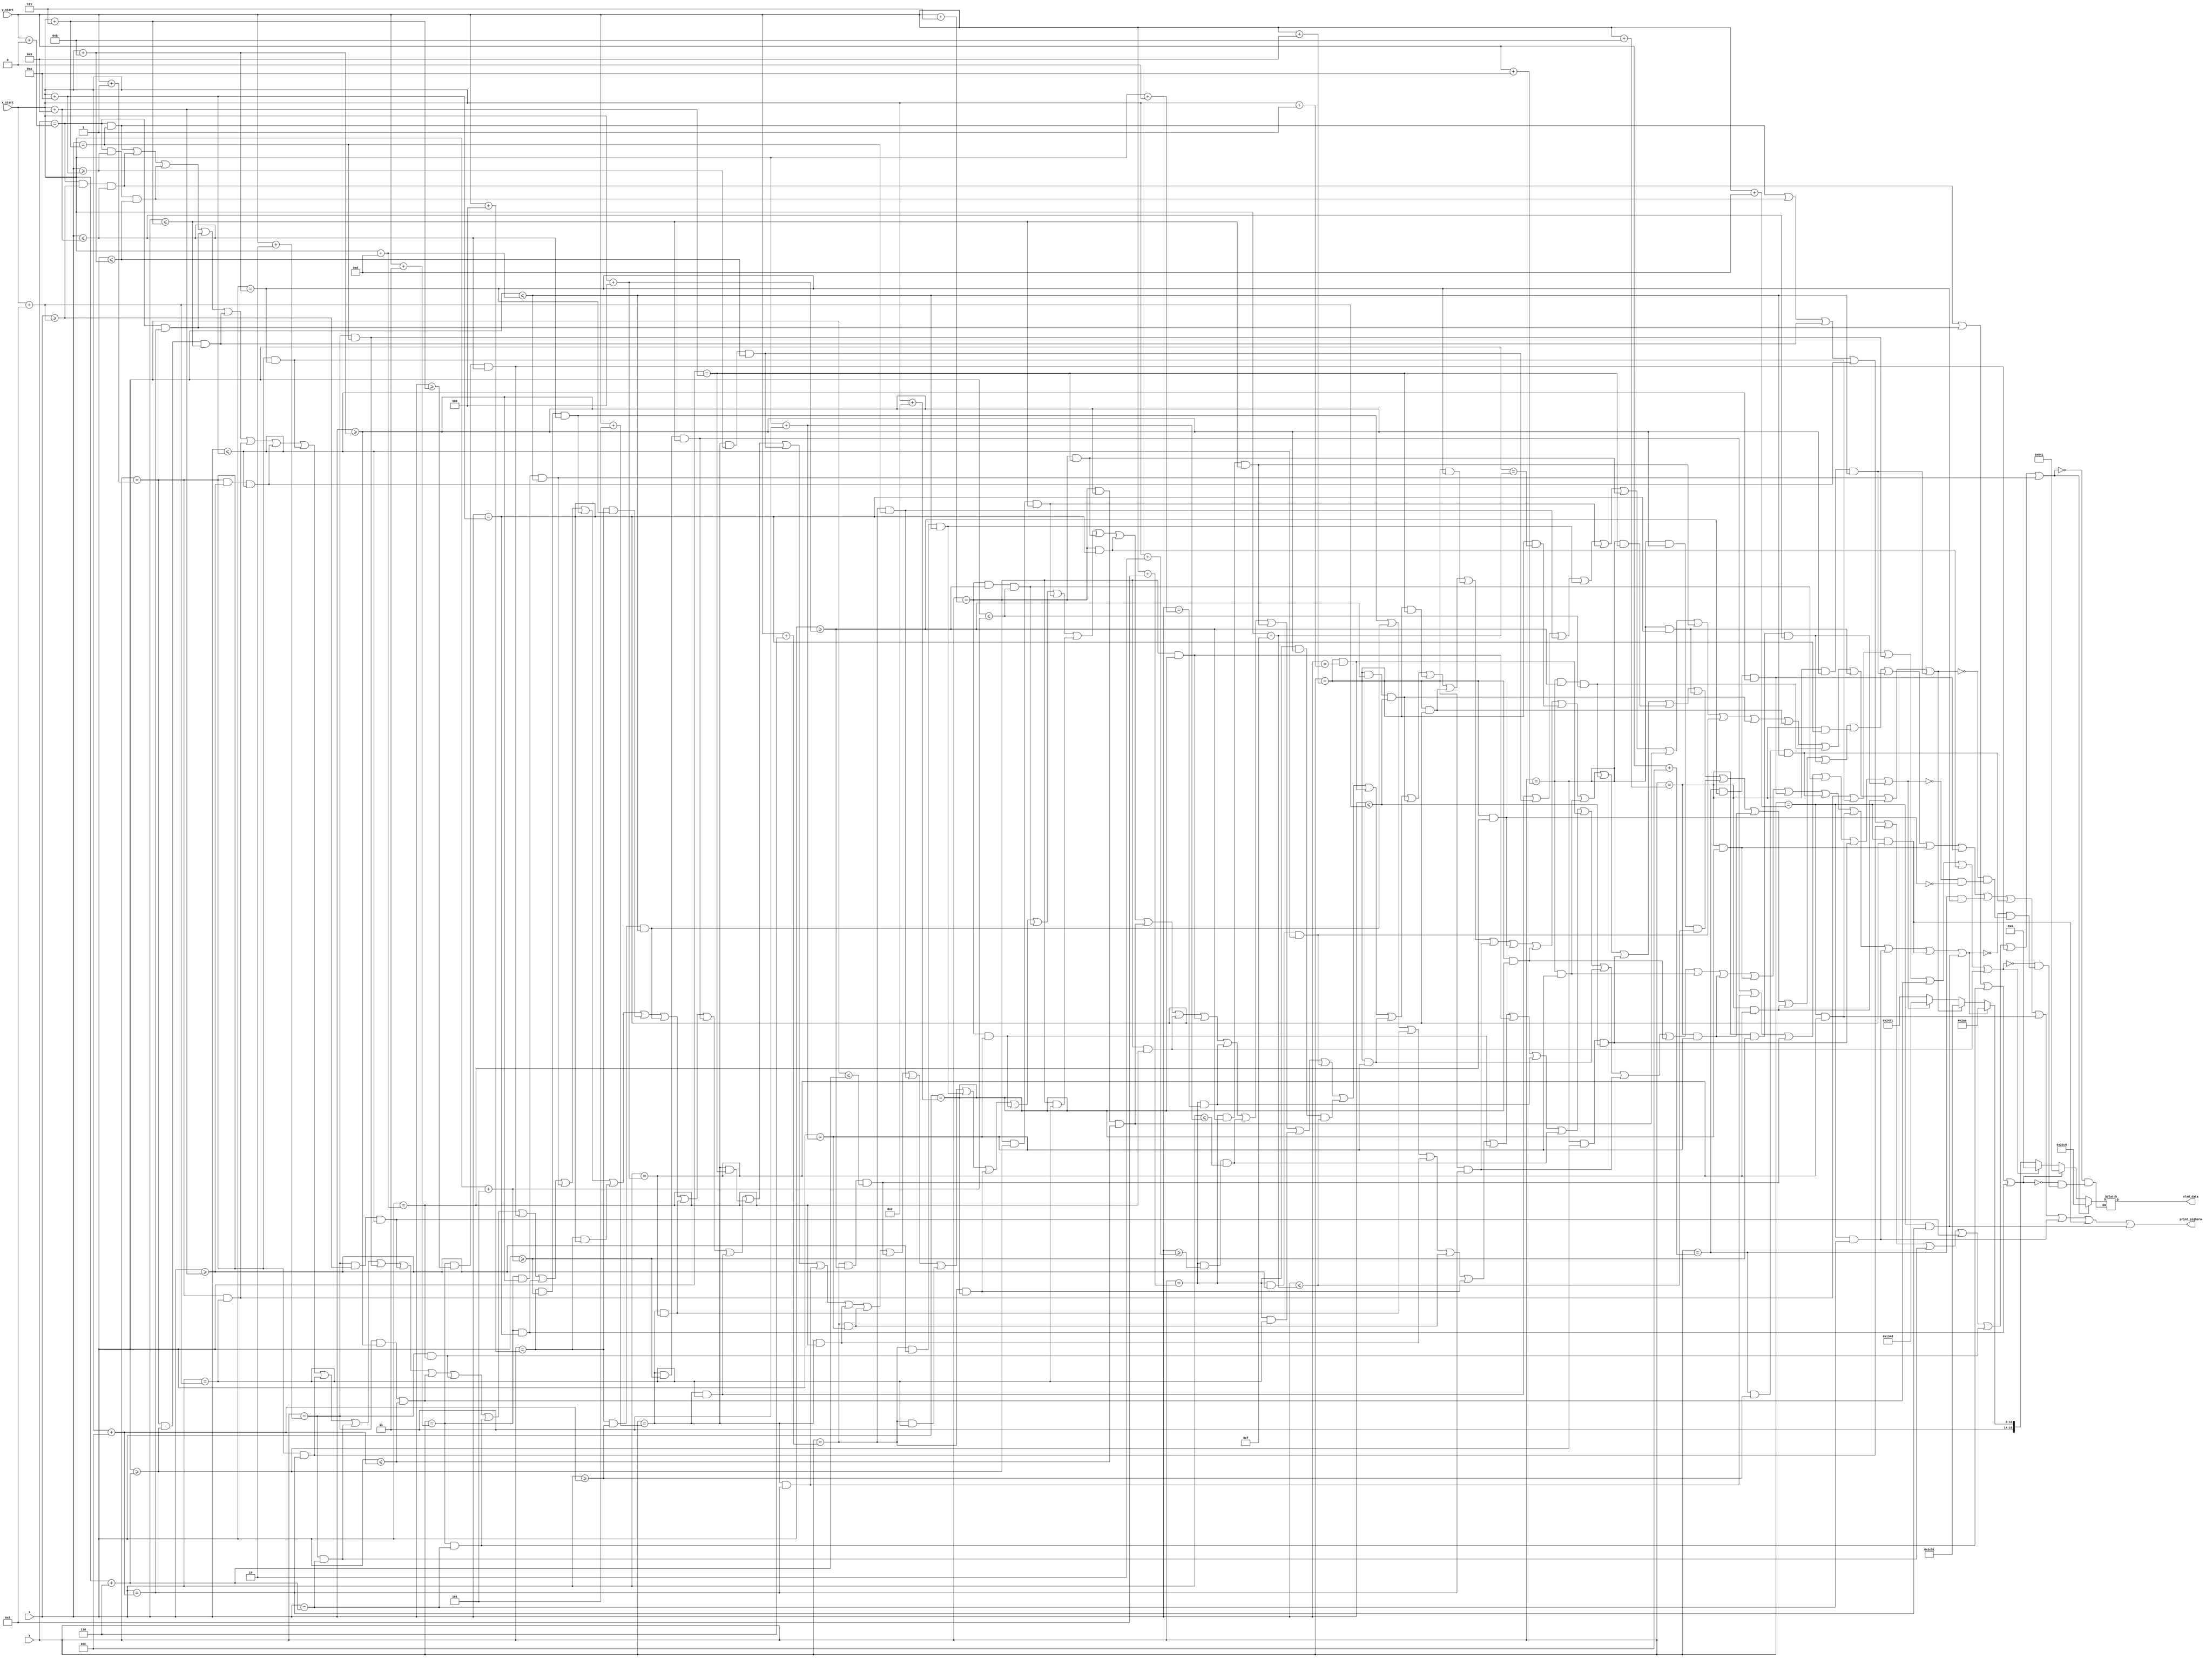
`timescale 1ns / 1ps
//////////////////////////////////////////////////////////////////////////////////
// Company: 
// Engineer: 
// 
// Design Name: 
// Module Name: print_pighero
// Project Name: 
// Target Devices: 
// Tool Versions: 
// Description: 
// 
// Dependencies: 
// 
// Revision:
// Revision 0.01 - File Created
// Additional Comments:
// 
//////////////////////////////////////////////////////////////////////////////////

module print_pighero(
	input [7:0] x, y, x_start, y_start, 
	output print_pighero,
	output reg [15:0]oled_data
    );
	
	assign print_pighero = ((y == y_start + 0 && x == x_start + 7) ||
							(y == y_start + 0 && x >= x_start + 8 && x <= x_start + 9 ) ||
							(y == y_start + 0 && x >= x_start + 10 && x <= x_start + 11 ) ||
							(y == y_start + 0 && x == x_start + 12) ||
							(y == y_start + 1 && x >= x_start + 6 && x <= x_start + 7 ) ||
							(y == y_start + 1 && x == x_start + 8) ||
							(y == y_start + 1 && x >= x_start + 9 && x <= x_start + 10 ) ||
							(y == y_start + 1 && x == x_start + 11) ||
							(y == y_start + 1 && x == x_start + 12) ||
							(y == y_start + 2 && x == x_start + 6) ||
							(y == y_start + 2 && x == x_start + 7) ||
							(y == y_start + 2 && x >= x_start + 8 && x <= x_start + 10 ) ||
							(y == y_start + 2 && x >= x_start + 11 && x <= x_start + 12 ) ||
							(y == y_start + 2 && x == x_start + 13) ||
							(y == y_start + 3 && x == x_start + 6) ||
							(y == y_start + 3 && x >= x_start + 7 && x <= x_start + 9 ) ||
							(y == y_start + 3 && x == x_start + 10) ||
							(y == y_start + 3 && x >= x_start + 11 && x <= x_start + 13 ) ||
							(y == y_start + 4 && x >= x_start + 5 && x <= x_start + 9 ) ||
							(y == y_start + 4 && x == x_start + 10) ||
							(y == y_start + 4 && x == x_start + 11) ||
							(y == y_start + 4 && x >= x_start + 12 && x <= x_start + 13 ) ||
							(y == y_start + 5 && x == x_start + 4) ||
							(y == y_start + 5 && x >= x_start + 5 && x <= x_start + 7 ) ||
							(y == y_start + 5 && x == x_start + 8) ||
							(y == y_start + 5 && x == x_start + 9) ||
							(y == y_start + 5 && x >= x_start + 10 && x <= x_start + 11 ) ||
							(y == y_start + 5 && x == x_start + 12) ||
							(y == y_start + 5 && x == x_start + 13) ||
							(y == y_start + 6 && x == x_start + 3) ||
							(y == y_start + 6 && x >= x_start + 4 && x <= x_start + 6 ) ||
							(y == y_start + 6 && x == x_start + 7) ||
							(y == y_start + 6 && x == x_start + 8) ||
							(y == y_start + 6 && x >= x_start + 9 && x <= x_start + 13 ) ||
							(y == y_start + 6 && x == x_start + 14) ||
							(y == y_start + 7 && x == x_start + 3) ||
							(y == y_start + 7 && x >= x_start + 4 && x <= x_start + 5 ) ||
							(y == y_start + 7 && x >= x_start + 6 && x <= x_start + 7 ) ||
							(y == y_start + 7 && x == x_start + 8) ||
							(y == y_start + 7 && x == x_start + 9) ||
							(y == y_start + 7 && x == x_start + 10) ||
							(y == y_start + 7 && x >= x_start + 11 && x <= x_start + 12 ) ||
							(y == y_start + 7 && x == x_start + 13) ||
							(y == y_start + 7 && x == x_start + 14) ||
							(y == y_start + 8 && x == x_start + 0) ||
							(y == y_start + 8 && x >= x_start + 2 && x <= x_start + 3 ) ||
							(y == y_start + 8 && x >= x_start + 4 && x <= x_start + 7 ) ||
							(y == y_start + 8 && x == x_start + 8) ||
							(y == y_start + 8 && x >= x_start + 9 && x <= x_start + 10 ) ||
							(y == y_start + 8 && x >= x_start + 11 && x <= x_start + 15 ) ||
							(y == y_start + 9 && x == x_start + 1) ||
							(y == y_start + 9 && x == x_start + 3) ||
							(y == y_start + 9 && x >= x_start + 4 && x <= x_start + 8 ) ||
							(y == y_start + 9 && x == x_start + 9) ||
							(y == y_start + 9 && x == x_start + 10) ||
							(y == y_start + 9 && x == x_start + 11) ||
							(y == y_start + 9 && x == x_start + 12) ||
							(y == y_start + 9 && x == x_start + 13) ||
							(y == y_start + 9 && x == x_start + 14) ||
							(y == y_start + 9 && x == x_start + 15) ||
							(y == y_start + 10 && x == x_start + 3) ||
							(y == y_start + 10 && x >= x_start + 4 && x <= x_start + 5 ) ||
							(y == y_start + 10 && x >= x_start + 6 && x <= x_start + 8 ) ||
							(y == y_start + 10 && x == x_start + 9) ||
							(y == y_start + 10 && x == x_start + 10) ||
							(y == y_start + 10 && x >= x_start + 11 && x <= x_start + 15 ) ||
							(y == y_start + 11 && x == x_start + 3) ||
							(y == y_start + 11 && x == x_start + 4) ||
							(y == y_start + 11 && x >= x_start + 5 && x <= x_start + 9 ) ||
							(y == y_start + 11 && x == x_start + 10) ||
							(y == y_start + 11 && x >= x_start + 11 && x <= x_start + 13 ) ||
							(y == y_start + 11 && x == x_start + 14) ||
							(y == y_start + 12 && x >= x_start + 4 && x <= x_start + 10 ) ||
							(y == y_start + 12 && x == x_start + 11) ||
							(y == y_start + 12 && x >= x_start + 12 && x <= x_start + 13 ) ||
							(y == y_start + 13 && x == x_start + 4) ||
							(y == y_start + 13 && x == x_start + 6) ||
							(y == y_start + 13 && x == x_start + 10) ||
							(y == y_start + 13 && x == x_start + 12));
							
	always @ (*) begin
		if ((y == y_start + 0 && x == x_start + 7) ||
			(y == y_start + 0 && x >= x_start + 10 && x <= x_start + 11 ) ||
			(y == y_start + 1 && x >= x_start + 6 && x <= x_start + 7 ) ||
			(y == y_start + 1 && x >= x_start + 9 && x <= x_start + 10 ) ||
			(y == y_start + 1 && x == x_start + 12) ||
			(y == y_start + 2 && x == x_start + 6) ||
			(y == y_start + 2 && x >= x_start + 8 && x <= x_start + 10 ) ||
			(y == y_start + 2 && x == x_start + 13) ||
			(y == y_start + 3 && x >= x_start + 7 && x <= x_start + 9 ) ||
			(y == y_start + 3 && x >= x_start + 11 && x <= x_start + 13 )) oled_data <= 16'h22c0;
		else if ((y == y_start + 0 && x >= x_start + 8 && x <= x_start + 9 ) ||
				(y == y_start + 0 && x == x_start + 12) ||
				(y == y_start + 3 && x == x_start + 6) ||
				(y == y_start + 3 && x == x_start + 10)) oled_data <= 16'h0841;
		else if ((y == y_start + 1 && x == x_start + 8) ||
				(y == y_start + 1 && x == x_start + 11) ||
				(y == y_start + 2 && x == x_start + 7) ||
				(y == y_start + 2 && x >= x_start + 11 && x <= x_start + 12 ) ||
				(y == y_start + 7 && x == x_start + 10) ||
				(y == y_start + 7 && x == x_start + 13)) oled_data <= 16'h0000;
		else if ((y == y_start + 4 && x >= x_start + 5 && x <= x_start + 9 ) ||
				(y == y_start + 4 && x >= x_start + 12 && x <= x_start + 13 ) ||
				(y == y_start + 5 && x == x_start + 4) ||
				(y == y_start + 5 && x == x_start + 13) ||
				(y == y_start + 6 && x == x_start + 3) ||
				(y == y_start + 6 && x == x_start + 14) ||
				(y == y_start + 7 && x == x_start + 3) ||
				(y == y_start + 7 && x == x_start + 14) ||
				(y == y_start + 8 && x == x_start + 0) ||
				(y == y_start + 8 && x >= x_start + 2 && x <= x_start + 3 ) ||
				(y == y_start + 9 && x == x_start + 1) ||
				(y == y_start + 9 && x == x_start + 3) ||
				(y == y_start + 9 && x == x_start + 12) ||
				(y == y_start + 9 && x == x_start + 14) ||
				(y == y_start + 10 && x == x_start + 3) ||
				(y == y_start + 11 && x == x_start + 3) ||
				(y == y_start + 11 && x == x_start + 14) ||
				(y == y_start + 12 && x >= x_start + 4 && x <= x_start + 10 ) ||
				(y == y_start + 12 && x >= x_start + 12 && x <= x_start + 13 ) ||
				(y == y_start + 13 && x == x_start + 4) ||
				(y == y_start + 13 && x == x_start + 6) ||
				(y == y_start + 13 && x == x_start + 10) ||
				(y == y_start + 13 && x == x_start + 12)) oled_data <= 16'hc2aa;
		else if ((y == y_start + 5 && x == x_start + 8) ||
				(y == y_start + 5 && x >= x_start + 10 && x <= x_start + 11 ) ||
				(y == y_start + 6 && x == x_start + 7) ||
				(y == y_start + 6 && x >= x_start + 9 && x <= x_start + 13 ) ||
				(y == y_start + 7 && x >= x_start + 6 && x <= x_start + 7 ) ||
				(y == y_start + 7 && x == x_start + 9) ||
				(y == y_start + 7 && x >= x_start + 11 && x <= x_start + 12 ) ||
				(y == y_start + 8 && x >= x_start + 4 && x <= x_start + 7 ) ||
				(y == y_start + 8 && x >= x_start + 9 && x <= x_start + 10 ) ||
				(y == y_start + 9 && x >= x_start + 4 && x <= x_start + 8 ) ||
				(y == y_start + 9 && x == x_start + 10) ||
				(y == y_start + 10 && x >= x_start + 4 && x <= x_start + 5 ) ||
				(y == y_start + 10 && x == x_start + 10) ||
				(y == y_start + 11 && x == x_start + 4) ||
				(y == y_start + 11 && x >= x_start + 11 && x <= x_start + 13 )) oled_data <= 16'hfc51;
		else if ((y == y_start + 5 && x >= x_start + 5 && x <= x_start + 7 ) ||
				(y == y_start + 5 && x == x_start + 12) ||
				(y == y_start + 6 && x >= x_start + 4 && x <= x_start + 6 ) ||
				(y == y_start + 7 && x >= x_start + 4 && x <= x_start + 5 ) ||
				(y == y_start + 10 && x >= x_start + 6 && x <= x_start + 8 ) ||
				(y == y_start + 11 && x >= x_start + 5 && x <= x_start + 9 )) oled_data <= 16'hd34d;
		else if ((y == y_start + 9 && x == x_start + 13)) oled_data <= 16'he471;
	
	end
	
	
	
	
endmodule